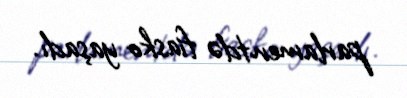
parlamentdə fiasko yaşadı.